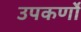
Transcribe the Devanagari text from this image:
उपकर्णों